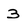
Character: 3